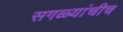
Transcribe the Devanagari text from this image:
सगळ्यांचीच